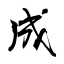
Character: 成